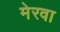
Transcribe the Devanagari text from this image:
मेरवा